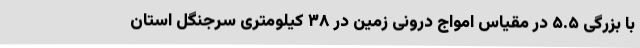
با بزرگی ۵.۵ در مقیاس امواج درونی زمین در ۳۸ کیلومتری سرجنگل استان